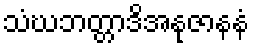
သံဃဘတ္တာဒိအနုဇာနနံ